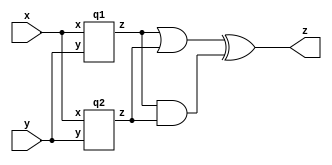
module top_module (input x, input y, output z);
    wire z1,z2;
    q1 IA1(x,y,z1);
    q2 IA2(x,y,z2);
    assign z = (z1|z2) ^ (z1&z2);
endmodule
module q1( input x, input y, output z );
    assign z = ~(x^y);
endmodule
module q2(input x, input y, output z);
    assign z = (x^y) & x;
endmodule